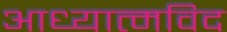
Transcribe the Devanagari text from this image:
आध्यात्मविद